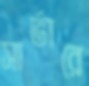
সার্ভারে